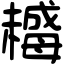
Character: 𣚺